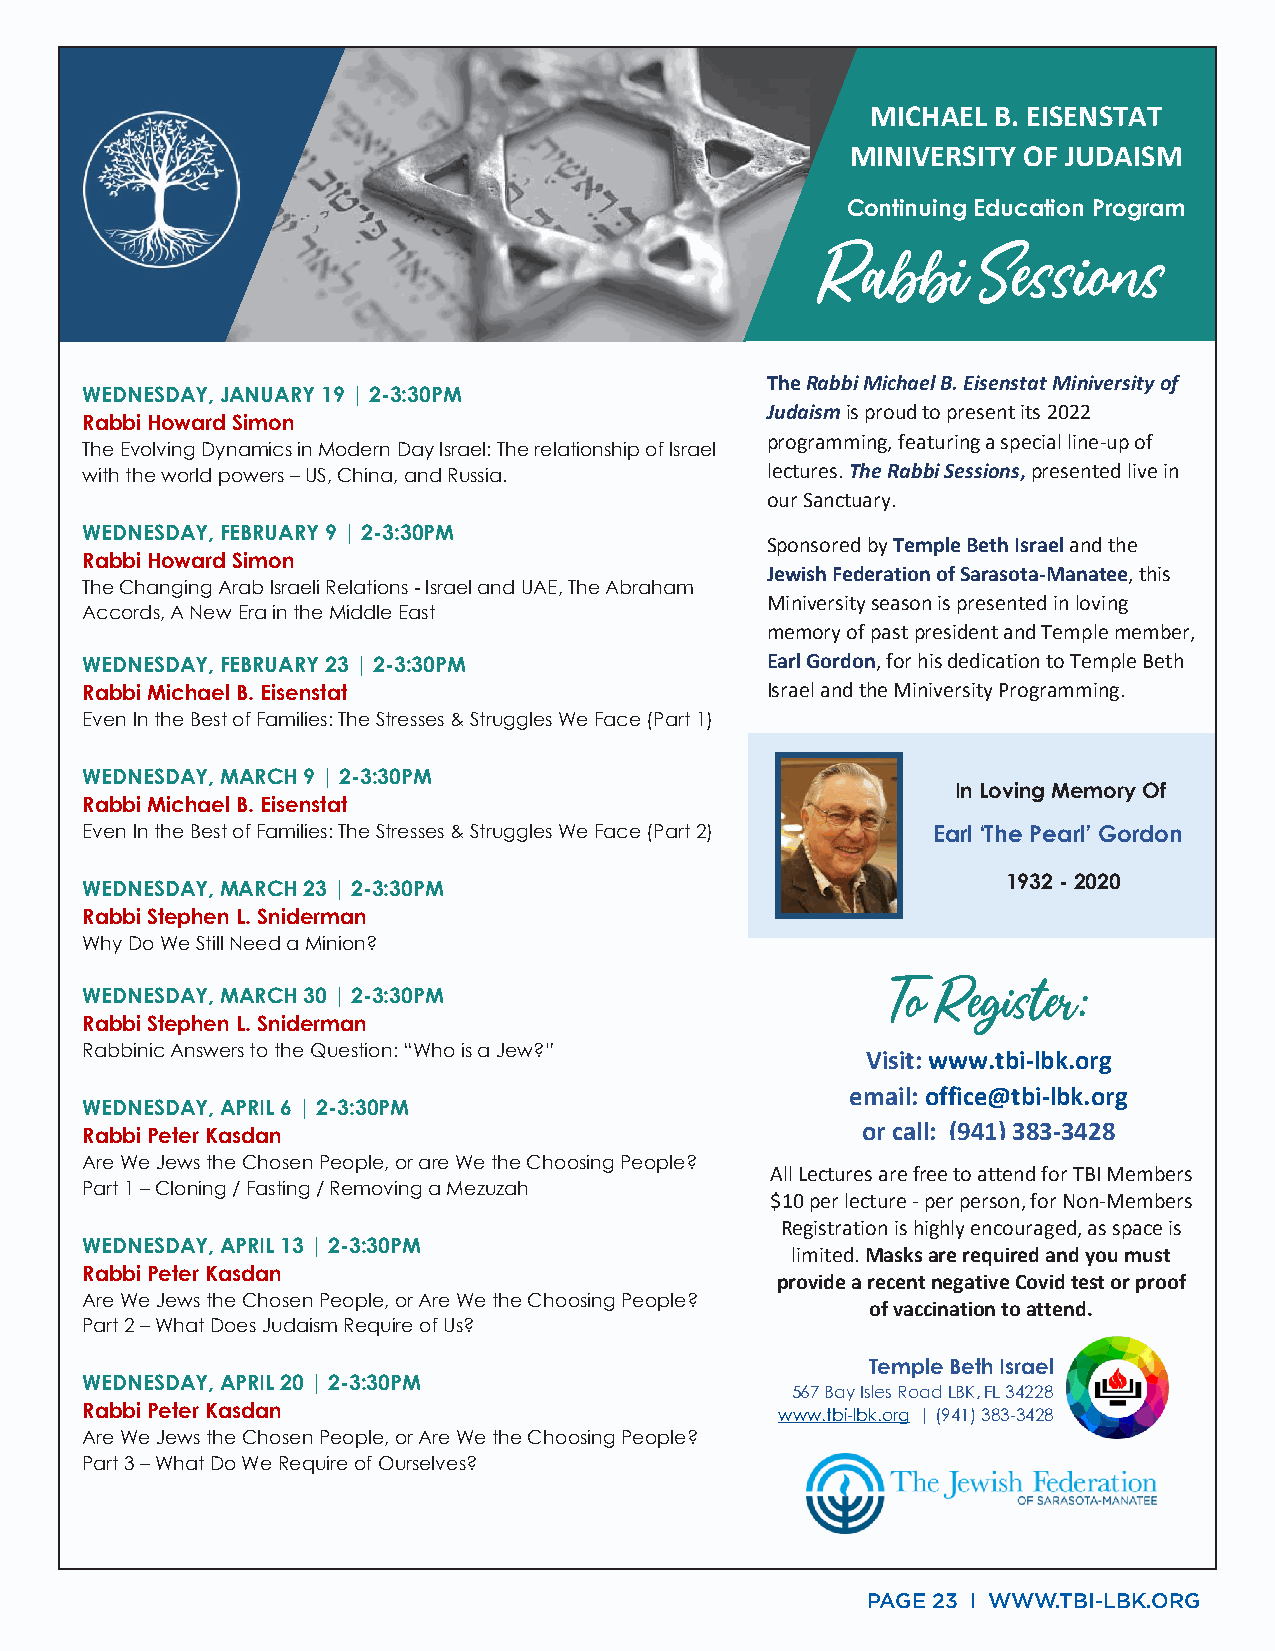
MICHAEL B. EISENSTAT
 MINIVERSITY OF JUDAISM
 C x
 Continuing Education Program
 Rabbi      Se ssions
 The Rabbi Michael B. Eisenstat Miniversity of
 WEDNESDAY, JANUARY 19 | 2-3:30PM
 Judai sm is proud to present its 2022
 Rabbi Howard Simon
 programming, featuring a special line-up of
 The Evolving Dynamics in Modern Day Israel: The relationship of Israel
 with the world powers – US, China, and Russia. lectures. The Rabbi Sessions, presented live in
 our Sanctuary.
 WEDNESDAY, FEBRUARY 9 | 2-3:30PM
 Sponsored by Temple Beth Israel and the
 Rabbi Howard Simon
 Jewish Federation of Sarasota-Manatee, this
 The Changing Arab Israeli Relations - Israel and UAE, The Abraham
 Miniversity season is presented in loving
 Accords, A New Era in the Middle East
 memory of past president and Temple member,
 WEDNESDAY, FEBRUARY 23 | 2-3:30PM             Earl Gordon, for his dedication to Temple Beth
 Rabbi Michael B. Eisenstat                    Israel and the Miniversity Programming.
 Even In the Best of Families: The Stresses & Struggles We Face (Part 1)
 WEDNESDAY, MARCH 9 | 2-3:30PM
 In Loving Memory Of
 Rabbi Michael B. Eisenstat
 Even In the Best of Families: The Stresses & Struggles We Face (Part 2) Earl ‘The Pearl’ Gordon
 1932 - 2020
 WEDNESDAY, MARCH 23 | 2-3:30PM
 Rabbi Stephen L. Sniderman
 Why Do We Still Need a Minion?
 To Register:
 WEDNESDAY, MARCH 30 | 2-3:30PM
 Rabbi Stephen L. Sniderman
 Rabbinic Answers to the Question: “Who is a Jew?”
 Visit: www.tbi-lbk.org
 email: office@tbi-lbk.org
 WEDNESDAY, APRIL 6 | 2-3:30PM
 Rabbi Peter Kasdan                                  or call: (941) 383-3428
 Are We Jews the Chosen People, or are We the Choosing People?
 All Lectures are free to attend for TBI Members
 Part 1 – Cloning / Fasting / Removing a Mezuzah
 $10 per lecture - per person, for Non-Members
 Registration is highly encouraged, as space is
 WEDNESDAY, APRIL 13 | 2-3:30PM
 limited. Masks are required and you must
 Rabbi Peter Kasdan
 provide a recent negative Covid test or proof
 Are We Jews the Chosen People, or Are We the Choosing People?
 of vaccination to attend.
 Part 2 – What Does Judaism Require of Us?
 Temple Beth Israel
 WEDNESDAY, APRIL 20 | 2-3:30PM
 567 Bay Isles Road LBK, FL 34228
 Rabbi Peter Kasdan                             www.tbi-lbk.org | (941) 383-3428
 Are We Jews the Chosen People, or Are We the Choosing People?
 Part 3 – What Do We Require of Ourselves?
 PAGE 23 I WWW.TBI-LBK.ORG